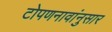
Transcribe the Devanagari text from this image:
टोपणनावांनुसार